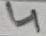
Text: 4